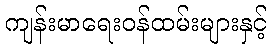
ကျန်းမာရေးဝန်ထမ်းများနှင့်